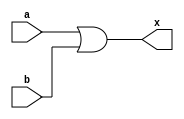
module or_2 (a,b,x);
input a, b;
output x;

assign x = a | b;

endmodule